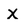
Character: x